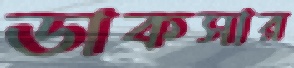
ডাকসার